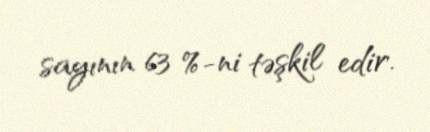
sayının 63 %-ni təşkil edir.